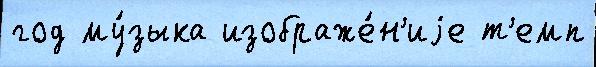
год му́зыка изображе́н'иjе т'емп